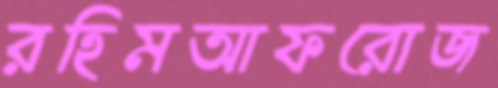
রহিমআফরোজ